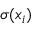
\sigma ( x _ { i } )